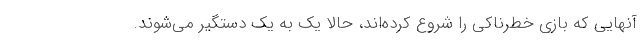
آنهایی که بازی خطرناکی را شروع کرده‌اند، حالا یک به یک دستگیر می‌شوند.